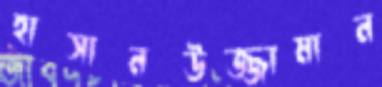
হাসানউজ্জামান